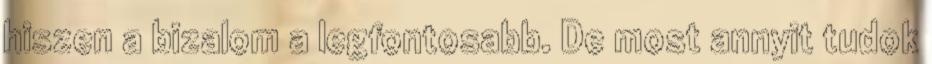
hiszen a bizalom a legfontosabb. De most annyit tudok